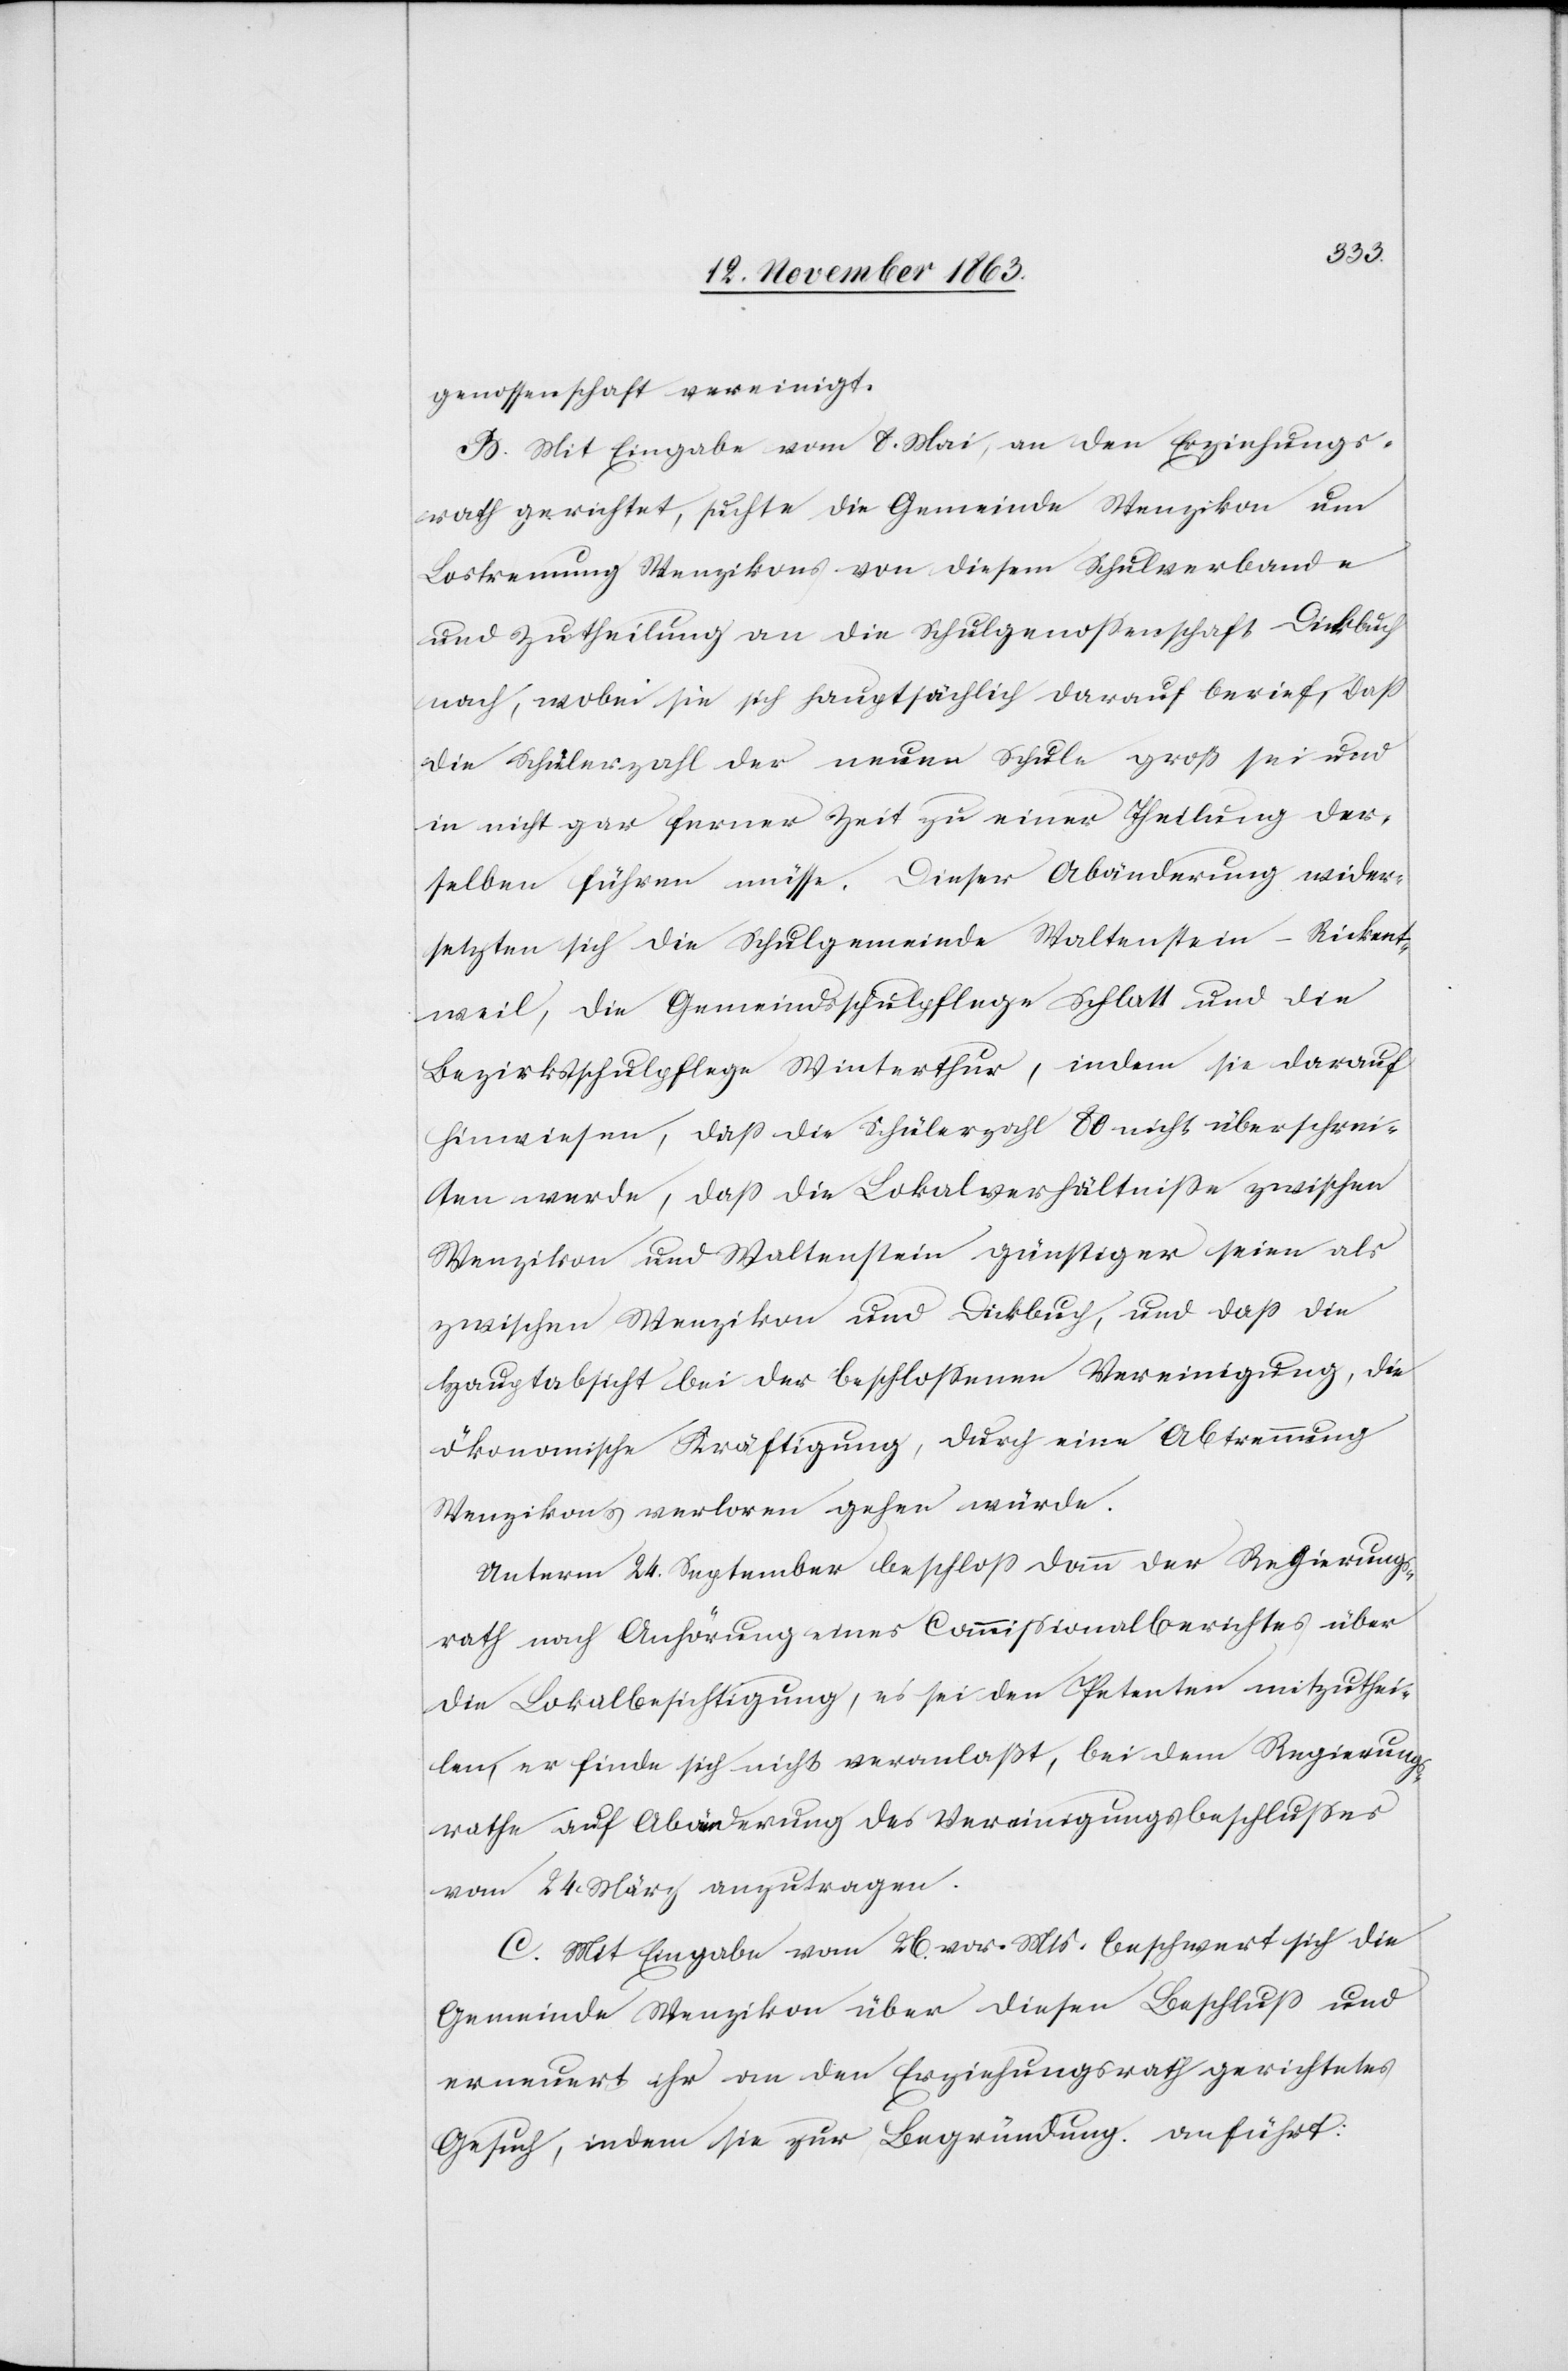
genossenschaft vereinigt.
B. Mit Eingabe vom 8. Mai, an den Erziehungs¬
rath gerichtet, suchte die Gemeinde Wenzikon um
Lostrennung Wenzikons von diesem Schulverbande
und Zutheilung an die Schulgenossenschaft Dickbuch
nach, wobei sie sich hauptsächlich darauf berief, dass
die Schülerzahl der neuen Schule groß sei und
in nicht gar ferner Zeit zu einer Theilung der¬
selben führen müsse. Dieser Abänderung wider¬
setzten sich die Schulgemeinde Waltenstein-Rickent¬
weil, die Gemeindsschulpflege Schlatt und die
Bezirksschulpflege Winterthur, indem sie darauf
hinweisen, dass die Schülerzahl 80 nicht überschrei¬
ten werde, dass die Lokalverhältnisse zwischen
Wenzikon und Waltenstein günstiger seien als
zwischen Wenzikon und Dickbuch, und dass die
Hauptabsicht bei der beschlossenen Vereinigung, die
ökonomische Kräftigung, durch eine Abtrennung
Wenzikons verloren gehen würde.
Unterm 24. September beschloss dann der Regierungs¬
rath nach Anhörung eines Commissionalberichtes über
die Lokalbesichtigung, es sei den Petenten mitzuthei¬
len, er finde sich nicht veranlaßt, bei dem Regierungs¬
rathe auf Abänderung des Vereinigungsbeschlusses
vom 24. März anzutragen.
C. Mit Eingabe vom 26. vor. Mts. beschwert sich die
Gemeinde Wenzikon über diesen Beschluss und
erneuert ihr an den Erziehungsrath gerichtetes
Gesuch, indem sie zur Begründung anführt: